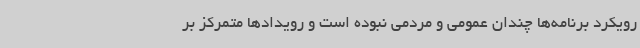
رویکرد برنامه‌ها چندان عمومی و مردمی نبوده است و رویدادها متمرکز بر